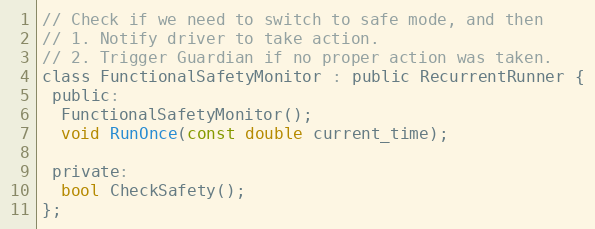
Language: C
// Check if we need to switch to safe mode, and then
// 1. Notify driver to take action.
// 2. Trigger Guardian if no proper action was taken.
class FunctionalSafetyMonitor : public RecurrentRunner {
 public:
  FunctionalSafetyMonitor();
  void RunOnce(const double current_time);

 private:
  bool CheckSafety();
};